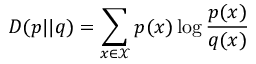
D ( p | | q ) = \sum _ { x \in \mathcal { X } } p ( x ) \log { \frac { p ( x ) } { q ( x ) } }